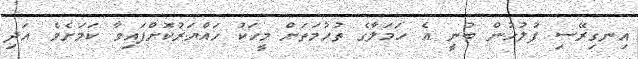
އިނގިރޭސި ފުލުހުން ބުނީ އެ ހަމަލާގެ ތުހުމަތަށް މީހަކު ހައްޔަރުކޮށްފައިވާ ކަމަށެވެ. އަދި